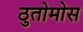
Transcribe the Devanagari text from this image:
ठुतोमोस